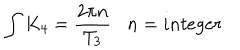
\int K _ { 4 } = { \frac { 2 \pi n } { T _ { 3 } } } \, \, \, \, \, n = i n t e g e r